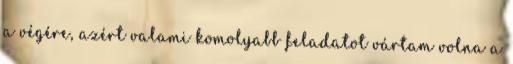
a végére, azért valami komolyabb feladatot vártam volna a